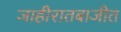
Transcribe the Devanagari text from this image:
जाहीरातबाजीत